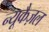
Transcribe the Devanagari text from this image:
न्यूकैज़ल